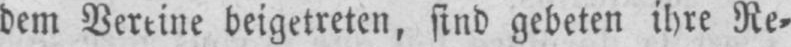
beigetreten, sind gebeten ihre Re⸗